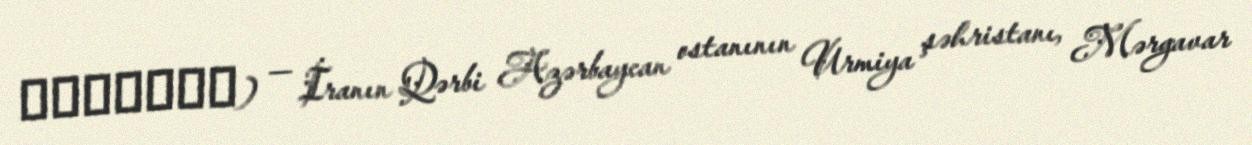
ژاراباد) — İranın Qərbi Azərbaycan ostanının Urmiya şəhristanı, Mərgavar